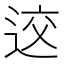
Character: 䢒